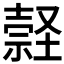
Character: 𡑚